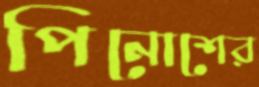
পিনোশের